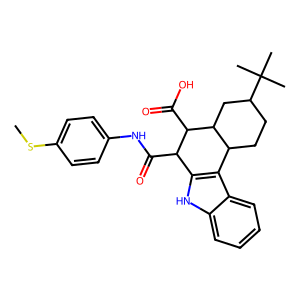
SMILES: CSc1ccc(NC(=O)C2c3[nH]c4ccccc4c3C3CCC(C(C)(C)C)CC3C2C(=O)O)cc1
Inhibits HIV replication: No